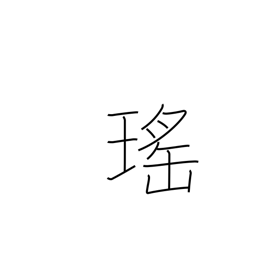
Meaning: beautiful (as a jewel)